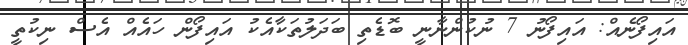
އައިފޯނެއް: އައިފޯނު 7 ނުކުންނާނީ ބޮޑެތި ބަދަލުތަކާއެކު އައިފޯން ހައެއް އެސް ނިކުތީ